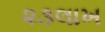
૨૩લાખ